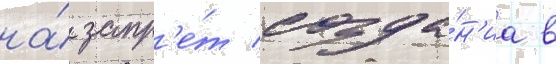
на́ запр'е́т созда́н'иа в